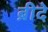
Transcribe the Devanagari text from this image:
ब्रीदे